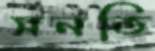
সনতি